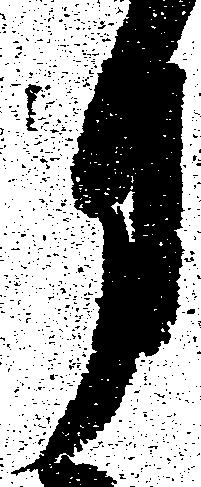
月